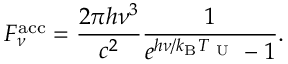
F _ { \nu } ^ { \mathrm { a c c } } = \frac { 2 \pi h \nu ^ { 3 } } { c ^ { 2 } } \frac { 1 } { e ^ { h \nu / k _ { \mathrm { B } } T _ { \mathrm { ~ U ~ } } } - 1 } .